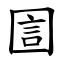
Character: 圁